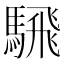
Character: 騛